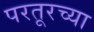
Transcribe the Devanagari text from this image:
परतूरच्या